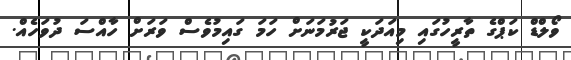
ވޯލްޑް ކަޕްގެ ތާރީހުގައި މިއަދަކީ ޖަރުމަނަށް ހަމަ ގައިމުވެސް ވަރަށް ހާއްސަ ދުވަހެއް.